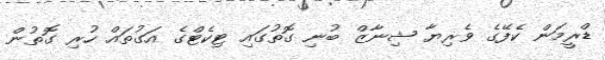
ޑްރީމަން ކެފޭގެ ވެރިޔާ ޝިނާޒް ބުނި ގޮތުގައި ޓިކެޓްގެ އަގުތައް ހުރި ގޮތުން